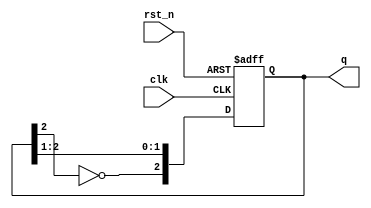
module modified_johnson_counter #(parameter N = 3) (
    input wire clk,              // Clock input
    input wire rst_n,            // Active low asynchronous reset
    output reg [N-1:0] q         // Counter output
);

// Internal signal for feedback
wire feedback;

// Feedback from the last flip-flop (inverted)
assign feedback = ~q[N-1];

// Sequential logic - Modified Johnson Counter
always @(posedge clk or negedge rst_n) begin
    if (!rst_n) begin
        // Asynchronous reset to known state (usually all zeros)
        q <= 0;
    end else begin
        // Shift operation with feedback
        q <= {feedback, q[N-1:1]};
    end
end

endmodule